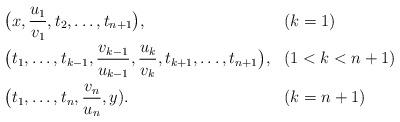
LaTeX: \begin{align*}\begin{aligned}\big(& x,\frac{u_1}{v_1},t_2,\dots, t_{n+1}\big), &(&k=1)\\\big(& t_1,\dots, t_{k-1},\frac{v_{k-1}}{u_{k-1}},\frac{u_k}{v_k},t_{k+1},\dots, t_{n+1}\big),&(&1<k<n+1) \\\big(& t_1,\dots, t_n,\frac{v_n}{u_n},y). &(&k=n+1)\end{aligned}\end{align*}